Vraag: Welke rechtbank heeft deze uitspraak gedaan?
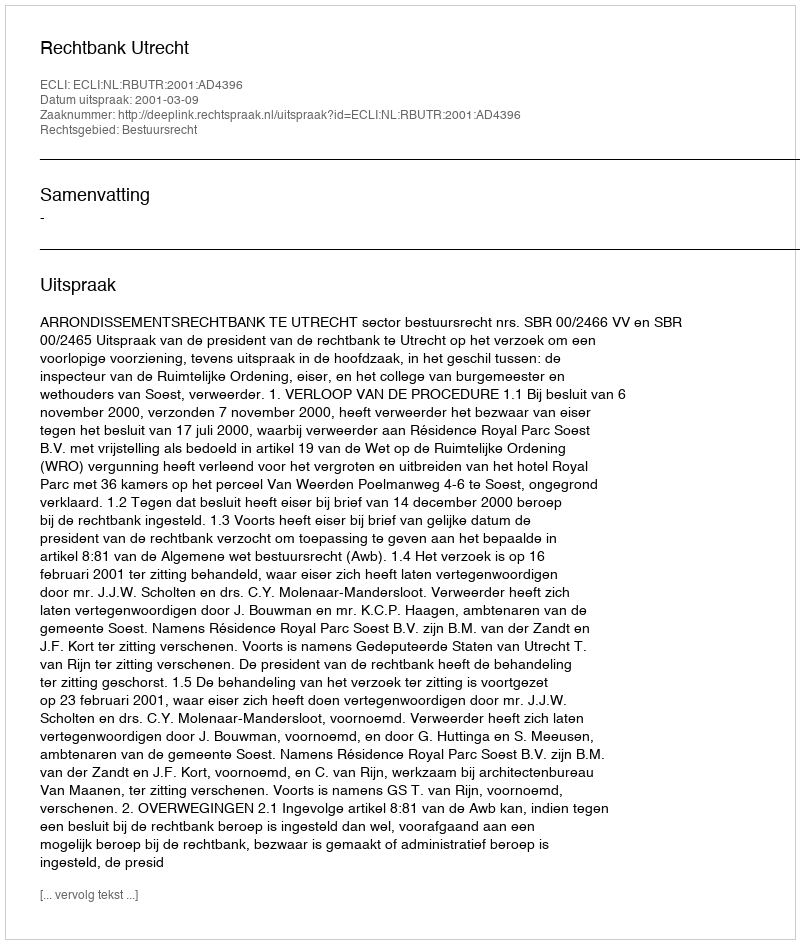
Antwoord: Rechtbank Utrecht